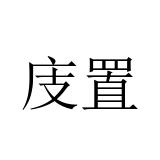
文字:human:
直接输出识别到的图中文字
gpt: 庋置